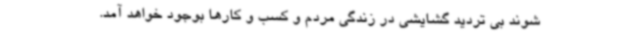
شوند بی تردید گشایشی در زندگی مردم و کسب و کارها بوجود خواهد آمد.